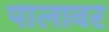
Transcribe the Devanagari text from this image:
पालावर